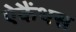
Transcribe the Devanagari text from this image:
ऐकैंथस